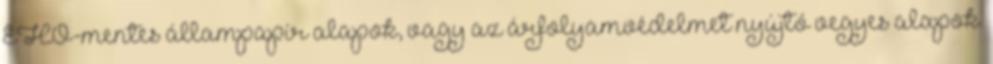
EHO-mentes állampapír alapok, vagy az árfolyamvédelmet nyújtó vegyes alapok.